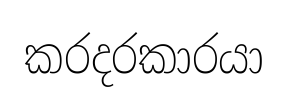
කරදරකාරයා